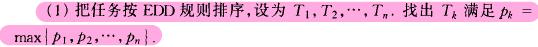
(1) 把任务按 EDD 规则排序，设为 $T_1, T_2, \cdots, T_n$. 找出 $T_k$ 满足 $p_k = \max\{p_1, p_2, \cdots, p_n\}$.